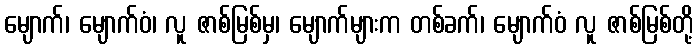
မျောက်၊ မျောက်ဝံ၊ လူ ဇာစ်မြစ်မှ၊ မျောက်များက တစ်ခက်၊ မျောက်ဝံ လူ ဇာစ်မြစ်တို့